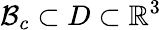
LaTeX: \mathcal{B}_{c}\subset D\subset{\mathbb{R}}^{3}